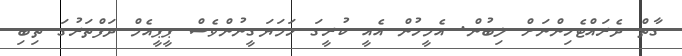
ގާތް ދެރައްޓެހިންނަށް ލިބުން. އެމީހުން އެެއީ ކުރީގަ ހަމަޔަގީނުންވެސް ޕީޕީއެމް ދަފްތަރުގަ ތިބި